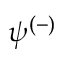
\psi ^ { ( - ) }